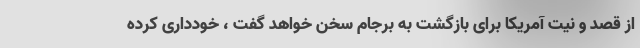
از قصد و نیت آمریکا برای بازگشت به برجام سخن خواهد گفت ، خودداری کرده